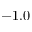
- 1 . 0